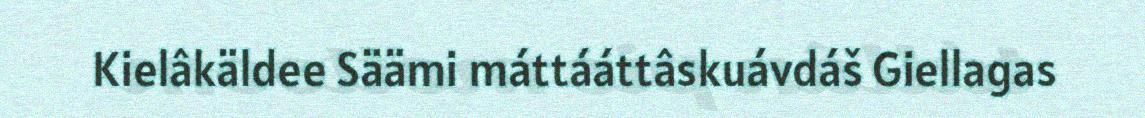
Kielâkäldee Säämi máttááttâskuávdáš Giellagas